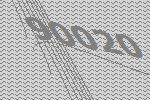
90020